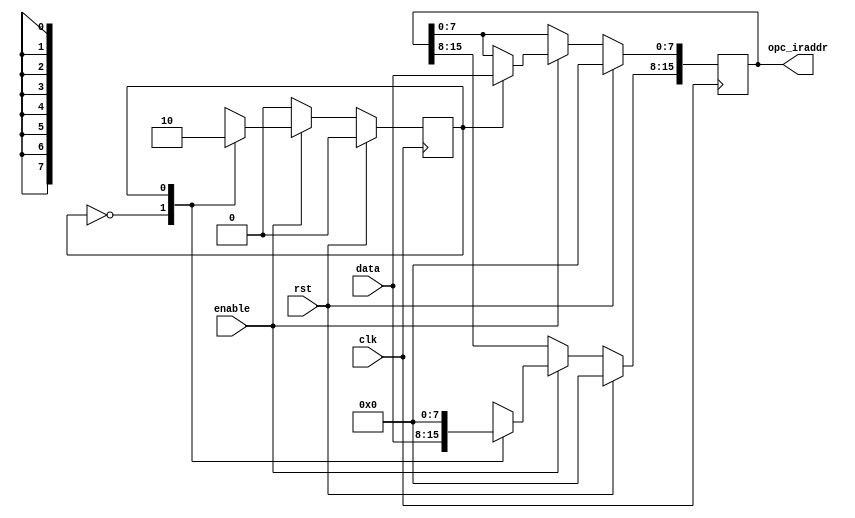
`timescale 1ns / 1ns

module CPU_Instruction_Register(opc_iraddr,data,enable,clk,rst);
output[15:0] opc_iraddr;
input[7:0] data;
input enable,clk,rst;
reg[15:0] opc_iraddr;
reg state;
always @(posedge clk)
begin
	if(rst)
		begin
			opc_iraddr<=16'b0000000000000000;
			state<=1'b0;
		end
	else
		begin
			if(enable)
				begin
					casex(state)
						1'b0:
							begin
								opc_iraddr[15:8]<=data;
								state<=1;
							end
						1'b1:
							begin
								opc_iraddr[15:0]<=data;
								state<=0;
							end
						default:
							begin
								opc_iraddr[15:0]<=16'bxxxxxxxxxxxxxxxx;
								state<=1'bx;
							end
					endcase
				end
			else
				begin
					state<=1'b0;
				end
		end
end
endmodule